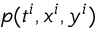
p ( t ^ { i } , x ^ { i } , y ^ { i } )